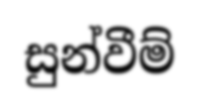
සුන්වීම්